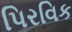
પિરવિક